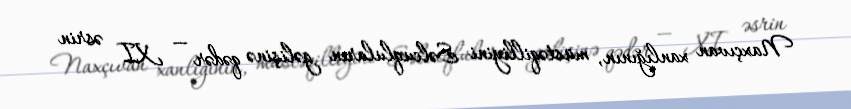
Naxçıvan xanlığının, müstəqilliyini Səlcuqluların gəlişinə qədər — XI əsrin